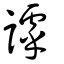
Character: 謼